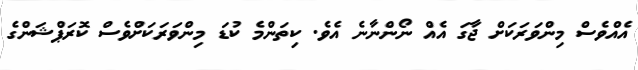
އެއްވެސް މިންވަރަކަށް ޖާގަ އެއް ނޯންނާނެ އެވެ. ކިތަންމެ ކުޑަ މިންވަރަކަށްވެސް ކޮރަޕްޝަންގެ